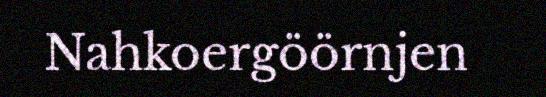
Nahkoergöörnjen